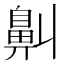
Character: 鼼